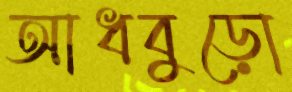
আধবুড়ো